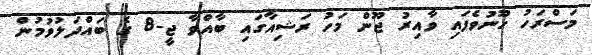
މަސްރަހު ހޫނުވެފައި ވާއިރު ޖޫން މަހު ރަޝިއާގައި ބާއްވާ ޖީ-8 ގެ ބައްދަލުވުމުން